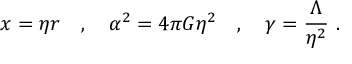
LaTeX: x = \eta r \quad , \quad \alpha ^ { 2 } = 4 \pi G \eta ^ { 2 } \quad , \quad \gamma = \frac { \Lambda } { \eta ^ { 2 } } \ .